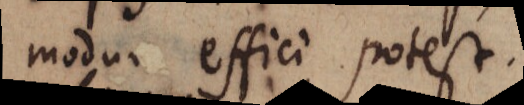
modum effici potest.